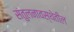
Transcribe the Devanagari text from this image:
संतुलनावस्थेतील